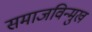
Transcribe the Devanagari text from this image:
समाजविन्मुख